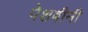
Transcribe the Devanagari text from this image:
पेशबीनी